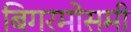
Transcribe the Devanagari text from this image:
बिगरमोसमी